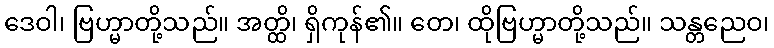
ဒေဝါ၊ ဗြဟ္မာတို့သည်။ အတ္ထိ၊ ရှိကုန်၏။ တေ၊ ထိုဗြဟ္မာတို့သည်။ သန္တညေဝ၊